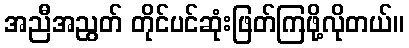
အညီအညွတ် တိုင်ပင်ဆုံးဖြတ်ကြဖို့လိုတယ်။